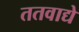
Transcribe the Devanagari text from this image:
ततवाद्ये